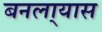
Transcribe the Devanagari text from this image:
बनला्यास